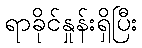
ရာခိုင်နှုန်းရှိပြီး